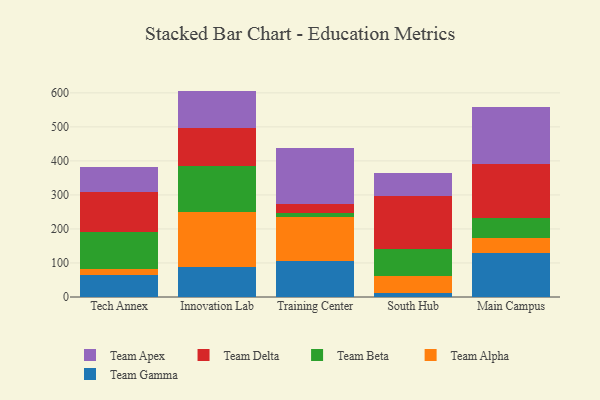
{"axis": {"x": "Campus", "y": "Humidity (%)"}, "legend": ["Team Alpha", "Team Apex", "Team Beta", "Team Delta", "Team Gamma"], "data": [{"x": "Tech Annex", "y": 64.9, "type": "Team Gamma"}, {"x": "Tech Annex", "y": 17.1, "type": "Team Alpha"}, {"x": "Tech Annex", "y": 110.1, "type": "Team Beta"}, {"x": "Tech Annex", "y": 117.3, "type": "Team Delta"}, {"x": "Tech Annex", "y": 73.6, "type": "Team Apex"}, {"x": "Innovation Lab", "y": 86.9, "type": "Team Gamma"}, {"x": "Innovation Lab", "y": 163.0, "type": "Team Alpha"}, {"x": "Innovation Lab", "y": 135.9, "type": "Team Beta"}, {"x": "Innovation Lab", "y": 110.9, "type": "Team Delta"}, {"x": "Innovation Lab", "y": 109.2, "type": "Team Apex"}, {"x": "Training Center", "y": 106.7, "type": "Team Gamma"}, {"x": "Training Center", "y": 129.9, "type": "Team Alpha"}, {"x": "Training Center", "y": 10.3, "type": "Team Beta"}, {"x": "Training Center", "y": 27.8, "type": "Team Delta"}, {"x": "Training Center", "y": 162.9, "type": "Team Apex"}, {"x": "South Hub", "y": 11.3, "type": "Team Gamma"}, {"x": "South Hub", "y": 50.3, "type": "Team Alpha"}, {"x": "South Hub", "y": 80.8, "type": "Team Beta"}, {"x": "South Hub", "y": 153.6, "type": "Team Delta"}, {"x": "South Hub", "y": 68.6, "type": "Team Apex"}, {"x": "Main Campus", "y": 130.1, "type": "Team Gamma"}, {"x": "Main Campus", "y": 44.2, "type": "Team Alpha"}, {"x": "Main Campus", "y": 57.6, "type": "Team Beta"}, {"x": "Main Campus", "y": 159.4, "type": "Team Delta"}, {"x": "Main Campus", "y": 168.6, "type": "Team Apex"}]}